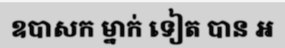
ឧបាសក ម្នាក់ ទៀត បាន ឣ